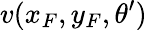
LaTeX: v(x_{F},y_{F},\theta^{\prime})